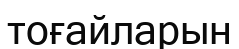
тоғайларын